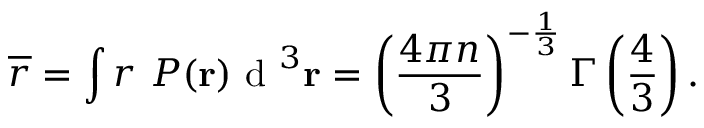
\overline { { r } } = \int r \ P ( { \bf r } ) \ensuremath { \mathrm { ~ d ~ } } ^ { 3 } { \bf r } = \left( \frac { 4 \pi n } { 3 } \right) ^ { - \frac { 1 } { 3 } } \Gamma \left( \frac { 4 } { 3 } \right) .